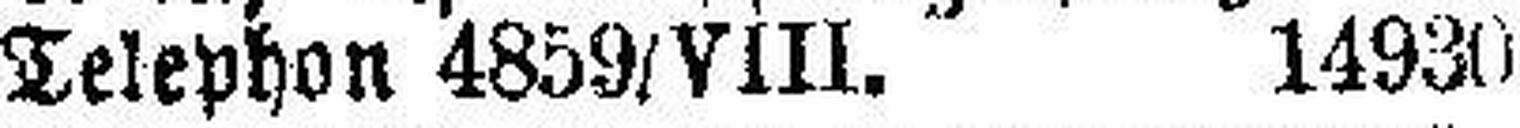
Telephon 4859/VIII.